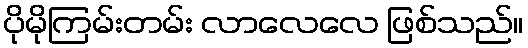
ပိုမိုကြမ်းတမ်း လာလေလေ ဖြစ်သည်။